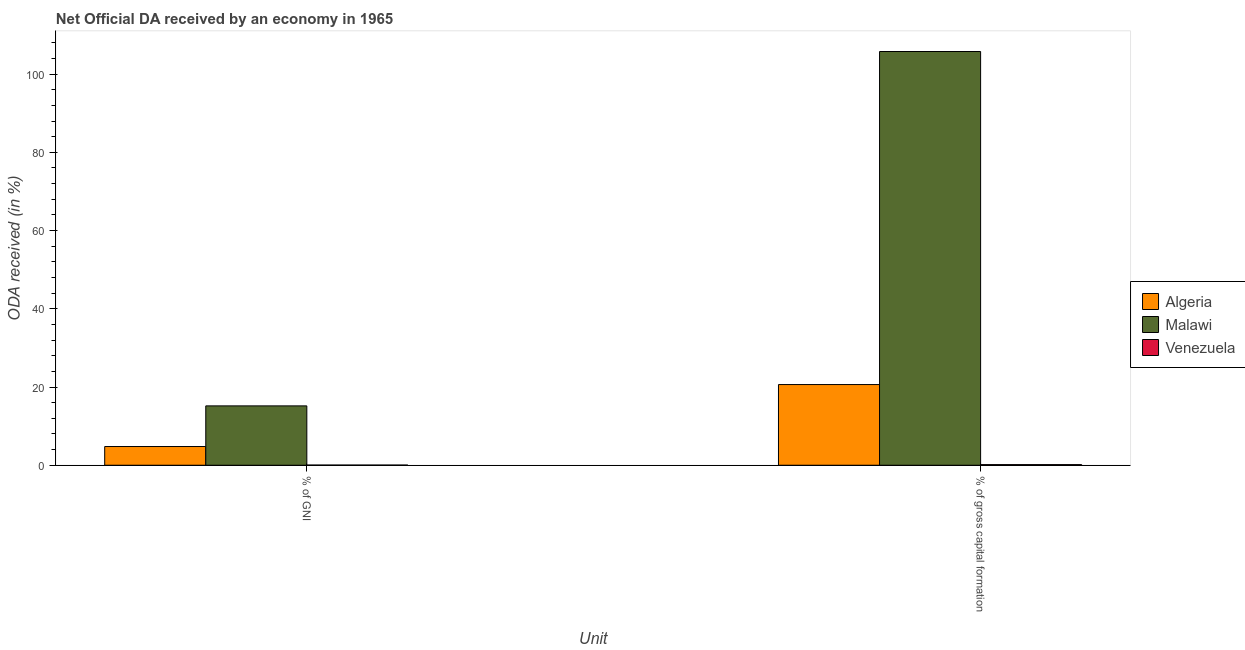
| Unit | Algeria | Malawi | Venezuela |
 | --- | --- | --- | --- |
 | % of GNI | 4.79 | 15.2 | 0.0427 |
 | % of gross capital formation | 20.6 | 106 | 0.159 |